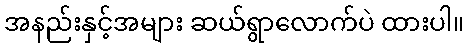
အနည်းနှင့်အများ ဆယ်ရွာလောက်ပဲ ထားပါ။